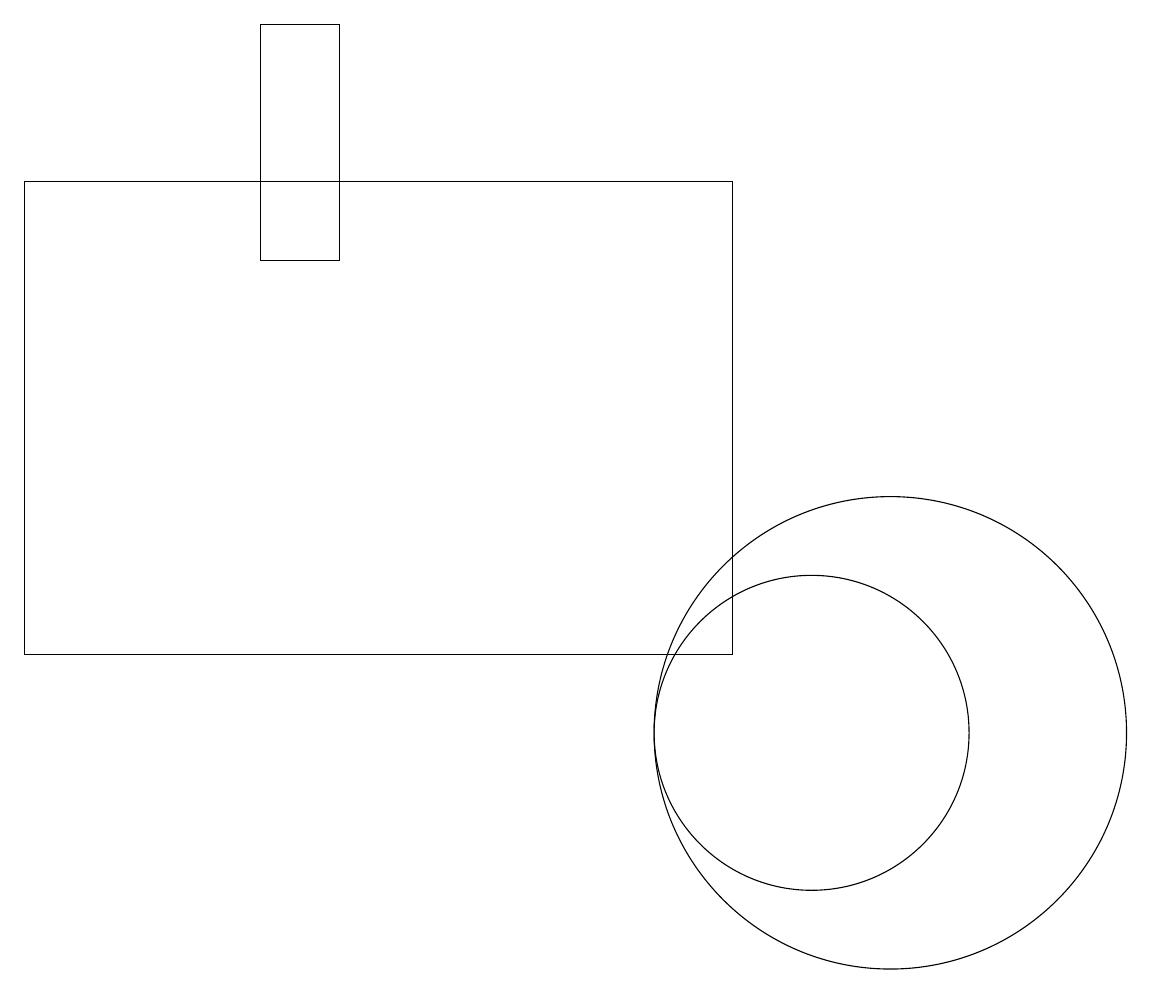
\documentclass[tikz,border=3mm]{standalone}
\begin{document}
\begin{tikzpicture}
\draw (4,16) rectangle (3,19);
\draw (10,10) circle (2);
\draw (9,17) rectangle (0,11);
\draw (11,10) circle (3);
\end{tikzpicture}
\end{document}